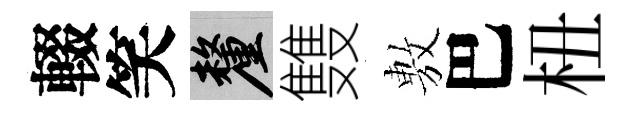
輟笑厘䨇𢾾巴杻